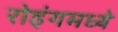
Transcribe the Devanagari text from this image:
रोइंगमध्ये